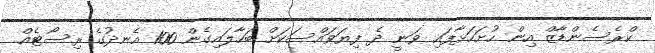
ކްރެސެންޑާޒް އިން ހުށަހަޅާފައި ވަނީ ދެ ފިޔަވައްސަކަށް ބަހާލައިގެން 100 އެނދުގެ ރިސޯޓެއް